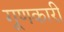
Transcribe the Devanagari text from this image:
गूणकारी